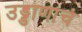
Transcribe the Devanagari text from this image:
उड्डाणाचं